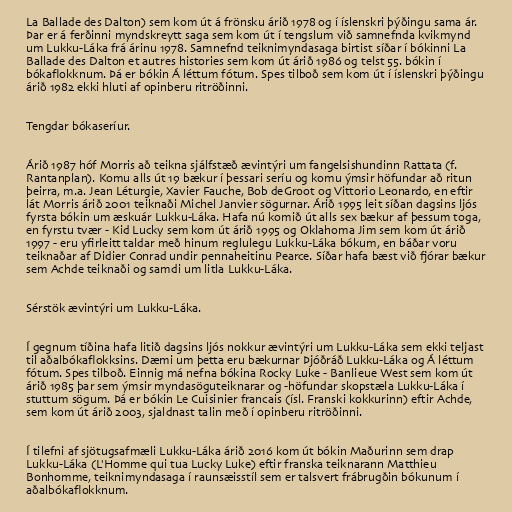
La Ballade des Dalton) sem kom út á frönsku árið 1978 og í íslenskri þýðingu sama ár.
Þar er á ferðinni myndskreytt saga sem kom út í tengslum við samnefnda kvikmynd
um Lukku-Láka frá árinu 1978. Samnefnd teiknimyndasaga birtist síðar í bókinni La
Ballade des Dalton et autres histories sem kom út árið 1986 og telst 55. bókin í
bókaflokknum. Þá er bókin Á léttum fótum. Spes tilboð sem kom út í íslenskri þýðingu
árið 1982 ekki hluti af opinberu ritröðinni.

Tengdar bókaseríur.

Árið 1987 hóf Morris að teikna sjálfstæð ævintýri um fangelsishundinn Rattata (f.
Rantanplan). Komu alls út 19 bækur í þessari seríu og komu ýmsir höfundar að ritun
þeirra, m.a. Jean Léturgie, Xavier Fauche, Bob deGroot og Vittorio Leonardo, en eftir
lát Morris árið 2001 teiknaði Michel Janvier sögurnar. Árið 1995 leit síðan dagsins ljós
fyrsta bókin um æskuár Lukku-Láka. Hafa nú komið út alls sex bækur af þessum toga,
en fyrstu tvær - Kid Lucky sem kom út árið 1995 og Oklahoma Jim sem kom út árið
1997 - eru yfirleitt taldar með hinum reglulegu Lukku-Láka bókum, en báðar voru
teiknaðar af Didier Conrad undir pennaheitinu Pearce. Síðar hafa bæst við fjórar bækur
sem Achde teiknaði og samdi um litla Lukku-Láka.

Sérstök ævintýri um Lukku-Láka.

Í gegnum tíðina hafa litið dagsins ljós nokkur ævintýri um Lukku-Láka sem ekki teljast
til aðalbókaflokksins. Dæmi um þetta eru bækurnar Þjóðráð Lukku-Láka og Á léttum
fótum. Spes tilboð. Einnig má nefna bókina Rocky Luke - Banlieue West sem kom út
árið 1985 þar sem ýmsir myndasöguteiknarar og -höfundar skopstæla Lukku-Láka í
stuttum sögum. Þá er bókin Le Cuisinier francais (ísl. Franski kokkurinn) eftir Achde,
sem kom út árið 2003, sjaldnast talin með í opinberu ritröðinni.

Í tilefni af sjötugsafmæli Lukku-Láka árið 2016 kom út bókin Maðurinn sem drap
Lukku-Láka (L'Homme qui tua Lucky Luke) eftir franska teiknarann Matthieu
Bonhomme, teiknimyndasaga í raunsæisstíl sem er talsvert frábrugðin bókunum í
aðalbókaflokknum.